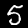
Label: 5